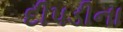
દીપડીના